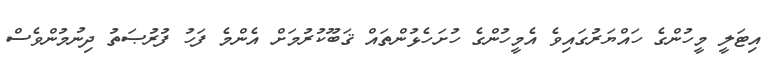
އިޓަލީ މީހުންގެ ހައްޔަރުގައިވެ އެމީހުންގެ ހުށަހެޅުންތައް ޤަބޫކުރުމަށް އެންމެ ފަހު ފުރުޞަތު ދިނުމުންވެސް